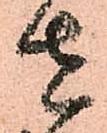
者